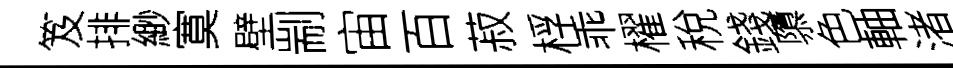
笈排緲寞壁剬宙百菽桴乖櫂稅錢隳色軸渚